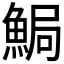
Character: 𩷐